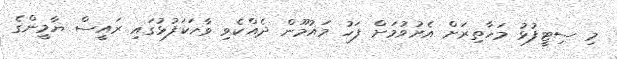
މި ސިޓީފުޅު މަހާތިރަށް އެރުވުމަށް ފަހު މައުމޫން ދެއްކެވި ވާހަކަފުޅުގައި ރައީސް ޔާމީންގެ